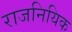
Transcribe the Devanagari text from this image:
राजनियिक